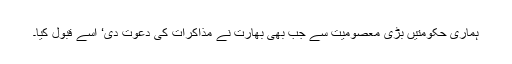
ہماری حکومتیں بڑی معصومیت سے جب بھی بھارت نے مذاکرات کی دعوت دی‘ اسے قبول کیا۔